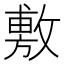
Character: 敷